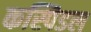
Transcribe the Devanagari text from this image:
कस्पिडल